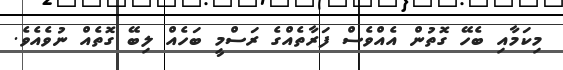
މިކަމާއި ބެހޭ ގޮތުން އެއްވެސް ފަރާތެއްގެ ރަސްމީ ބަހެއް ލިބޭ ގޮތެއް ނުވެއެވެ.